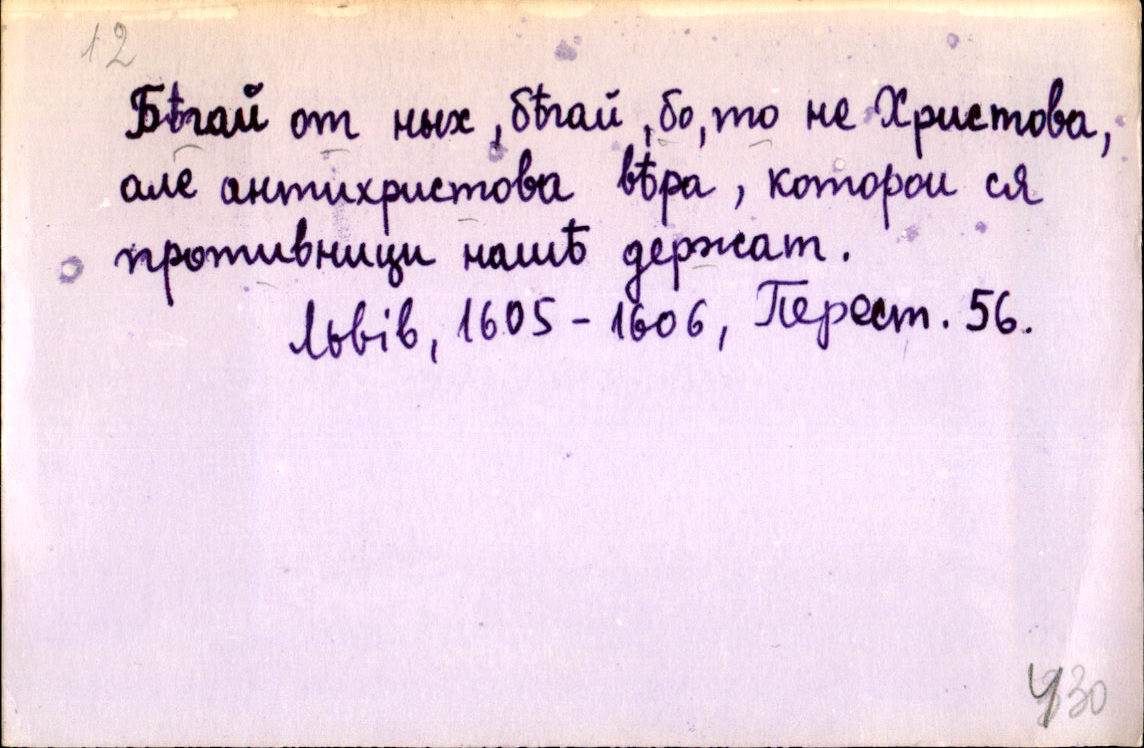
Бѣгай от них, бѣгай, бо, то не Христова,
але антихристова вѣра, которои ся
противници нашѣ держат.
Львів, 1605-1606, Перест. 56.